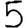
Digit: 5